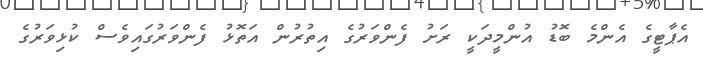
އެޕާޓީގެ އެންމެ ބޮޑު އުންމީދަކީ ރަށު ފެންވަރުގެ އިތުރުން އަތޮޅު ފެންވަރުގައިވެސް ކުޅިވަރުގެ